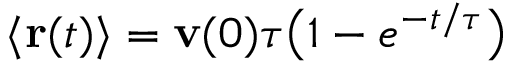
\langle \mathbf { r } ( t ) \rangle = \mathbf { v } ( 0 ) \tau { \big ( } 1 - e ^ { - t / \tau } { \big ) }